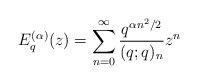
LaTeX: \begin{align*} E_{q}^{(\alpha)}(z)=\sum_{n=0}^{\infty}\frac{q^{\alpha n^{2}/2}}{(q;q)_{n}}z^{n}\end{align*}